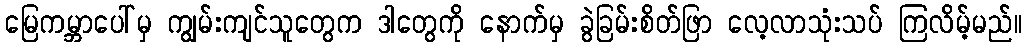
မြေကမ္ဘာပေါ်မှ ကျွမ်းကျင်သူတွေက ဒါတွေကို နောက်မှ ခွဲခြမ်းစိတ်ဖြာ လေ့လာသုံးသပ် ကြလိမ့်မည်။